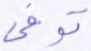
توفى